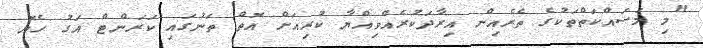
"މި މަސައްކަތްތަކުގެ ތެރެއިން އިރާދަކުރެއްވިއްޔާ ކުރިއަށް އޮތް ތަނުގައި ކަރަންޓް އަގު ހެޔޮ